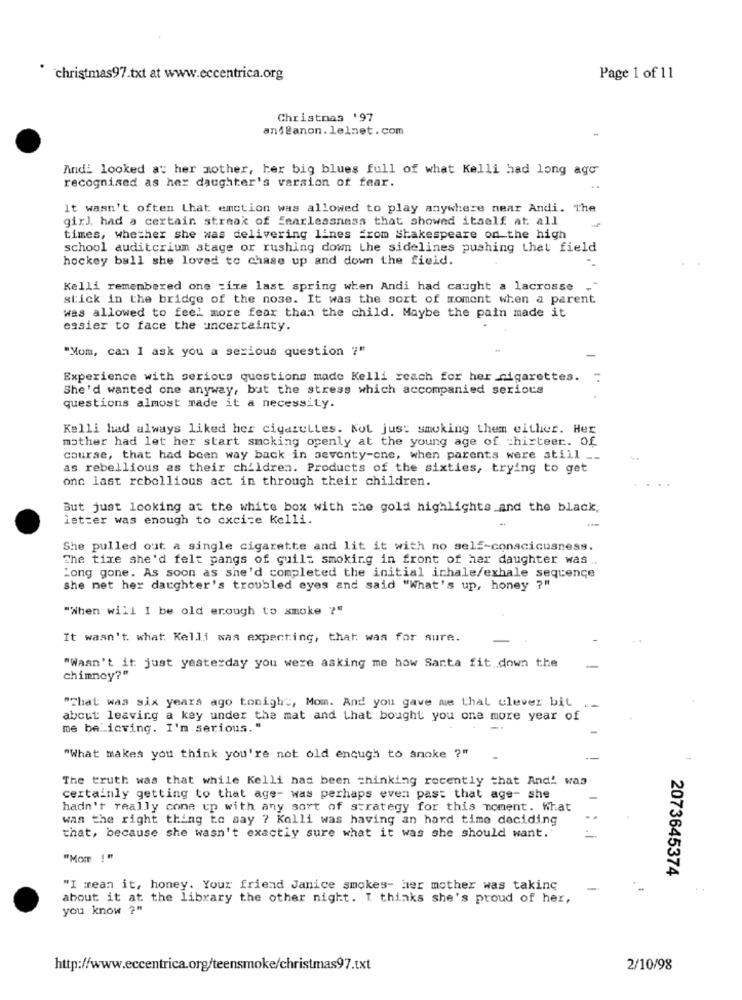
christmas97.txt at www.eccentrica.org
Page 1 of 11
Christmas '97
and@anon. lelnet.com
Andi looked at her mother, her big blues full of what Kelli had long ago
recognised as her daughter's version of fear.
It wasn't often Lhat emction was allowed to play anywhere near Andi. The
girl, had a certain streak of fearlessness that showed itself at all
times, whether she was delivering lines from Shakespeare on the high
school auditorium stage or rushing down the sidelines pushing thet field
hockey ball she loved to chase up and down the field.
Kelli remembered one :ite last spring when Andi had caught a lacrosse -"
stick in the bridge of the nose. It was the sort of moment when a parent
was allowed to feel more fear than the child. Maybe the pain made it
easier to face the uncertainty.
"Mom, can I ask you a serious question ?"
Experience with serious questions made Kelli reach for her cigarettes.
She'd wanted one anyway, but the stress which accompanied serious
questions almost made it a necessity.
Kelli had always liked her cigazulles. Not just smoking them either. Her
mother had let her start smoking openly at the young age of =hirteer. Of
course, that had been way back in seventy-one, when parents were still __
as rebellious as their children. Products of the sixties, trying to get
one last rebellious act in through their children.
But just looking at the white box with the gold highlights and the black,
letter was enough to excise Kelli.
She pulled out a single cigarette and lit it with no self-conacicusness.
The time she'd felt pangs of guilt smoking in front of her daughter was ..
Long gone. As soon as she'd completed the initial ichale/exhale sequence
she met her daughter's troubled eyes and said "What's up, honey ?"
"When will I be old enough to smoke ?"
It wasn't. what: Kelli was expecting, that. was for sure.
"Wasn't it just yesterday you were asking me how Sarta fit.down the
chimney?"
"That was six years ago tonight, Mom. And you gave me thal clever bit
about leaving a key under the mat and that bought you one more year of
me be_ icving. I'm serious. "
"What makes you think you're not old enough to anoke ?"
The truth was that while Kelli had been thinking recently that And! was
certainly getting to that age- was perhaps even pass that age- she
hadn't really come up with any sort of strategy for this moment. What
was the right thing to say ? Kolli was having an hard time deciding
that, because she wasn't exactly sure what it was she should want.'
"Mom !"
2073645374
"I mean it, honey. Your friend Janice smokes- Her mother was taking
-
about it at the library the other night. I thinks she's proud of her,
you know ?"
http://www.eccentrica.org/teensmoke/christmas97.txt
2/10/98